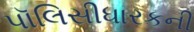
પૉલિસીધારકની